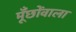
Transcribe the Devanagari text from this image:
मूँछोंवाला